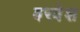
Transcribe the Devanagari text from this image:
वरवेश